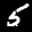
Label: 5